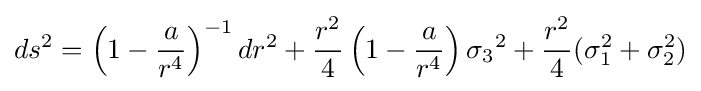
ds^{2}=\left(1-{\frac {a}{r^{4}}}\right)^{-1}dr^{2}+{\frac {r^{2}}{4}}\left(1-{\frac {a}{r^{4}}}\right){\sigma _{3}}^{2}+{\frac {r^{2}}{4}}(\sigma _{1}^{2}+\sigma _{2}^{2})